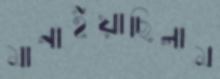
মানাইয়াছিলাম